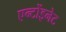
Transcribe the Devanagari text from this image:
एन्टोंइनेट